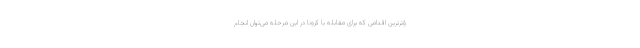
ؤثرترین اقدامی که برای مقابله با کرونا در این مرحله می‌توان انجام